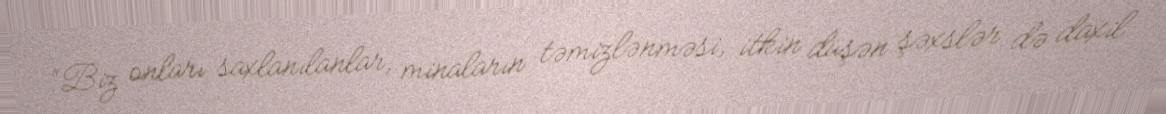
“Biz onları saxlanılanlar, minaların təmizlənməsi, itkin düşən şəxslər də daxil